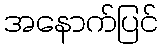
အနောက်ပြင်